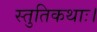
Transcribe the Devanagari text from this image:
स्तुतिकथाः।